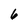
Character: 6